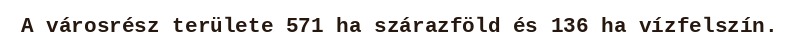
A városrész területe 571 ha szárazföld és 136 ha vízfelszín.